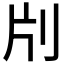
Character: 𠛁